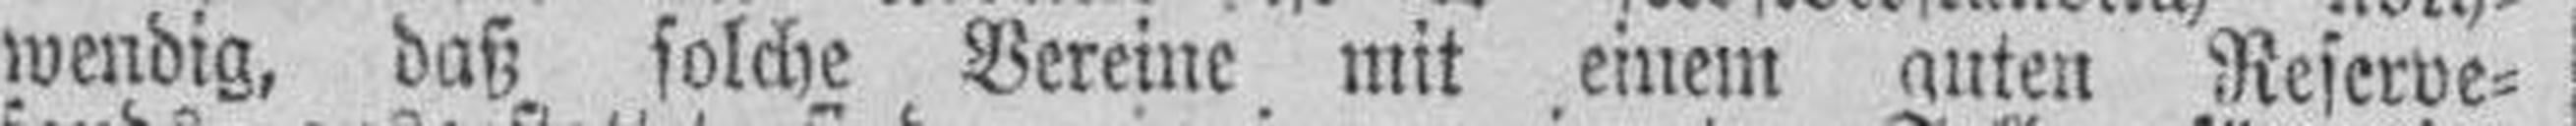
wendig, daß solche Vereine mit einem guten Reserve¬